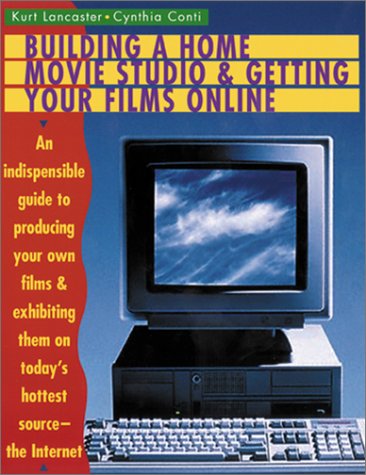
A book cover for Building a Home Movie Studio and Getting Your Films Online: An Indispensable Guide to Producing Your Own Films and Exhibiting Them on Today's Hottest Source - The Internet; Kurt Lancaster; Humor & Entertainment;